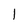
Character: l